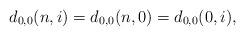
LaTeX: \begin{align*}d_{0,0}(n,i)=d_{0,0}(n,0)=d_{0,0}(0,i),\end{align*}